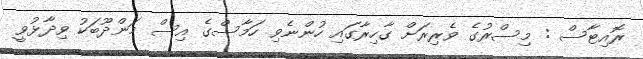
ރޮއިޓާސް : މިސްރުގެ ވެރިރަށް ގާހިރާގައި ހުންނެވި ހަމާސްގެ އިސް މަންދޫބަކު ވިދާޅުވީ